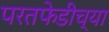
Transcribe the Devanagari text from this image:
परतफेडीच्या